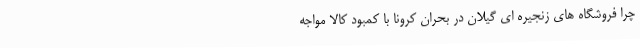
چرا فروشگاه های زنجیره ای گیلان در بحران کرونا با کمبود کالا مواجه